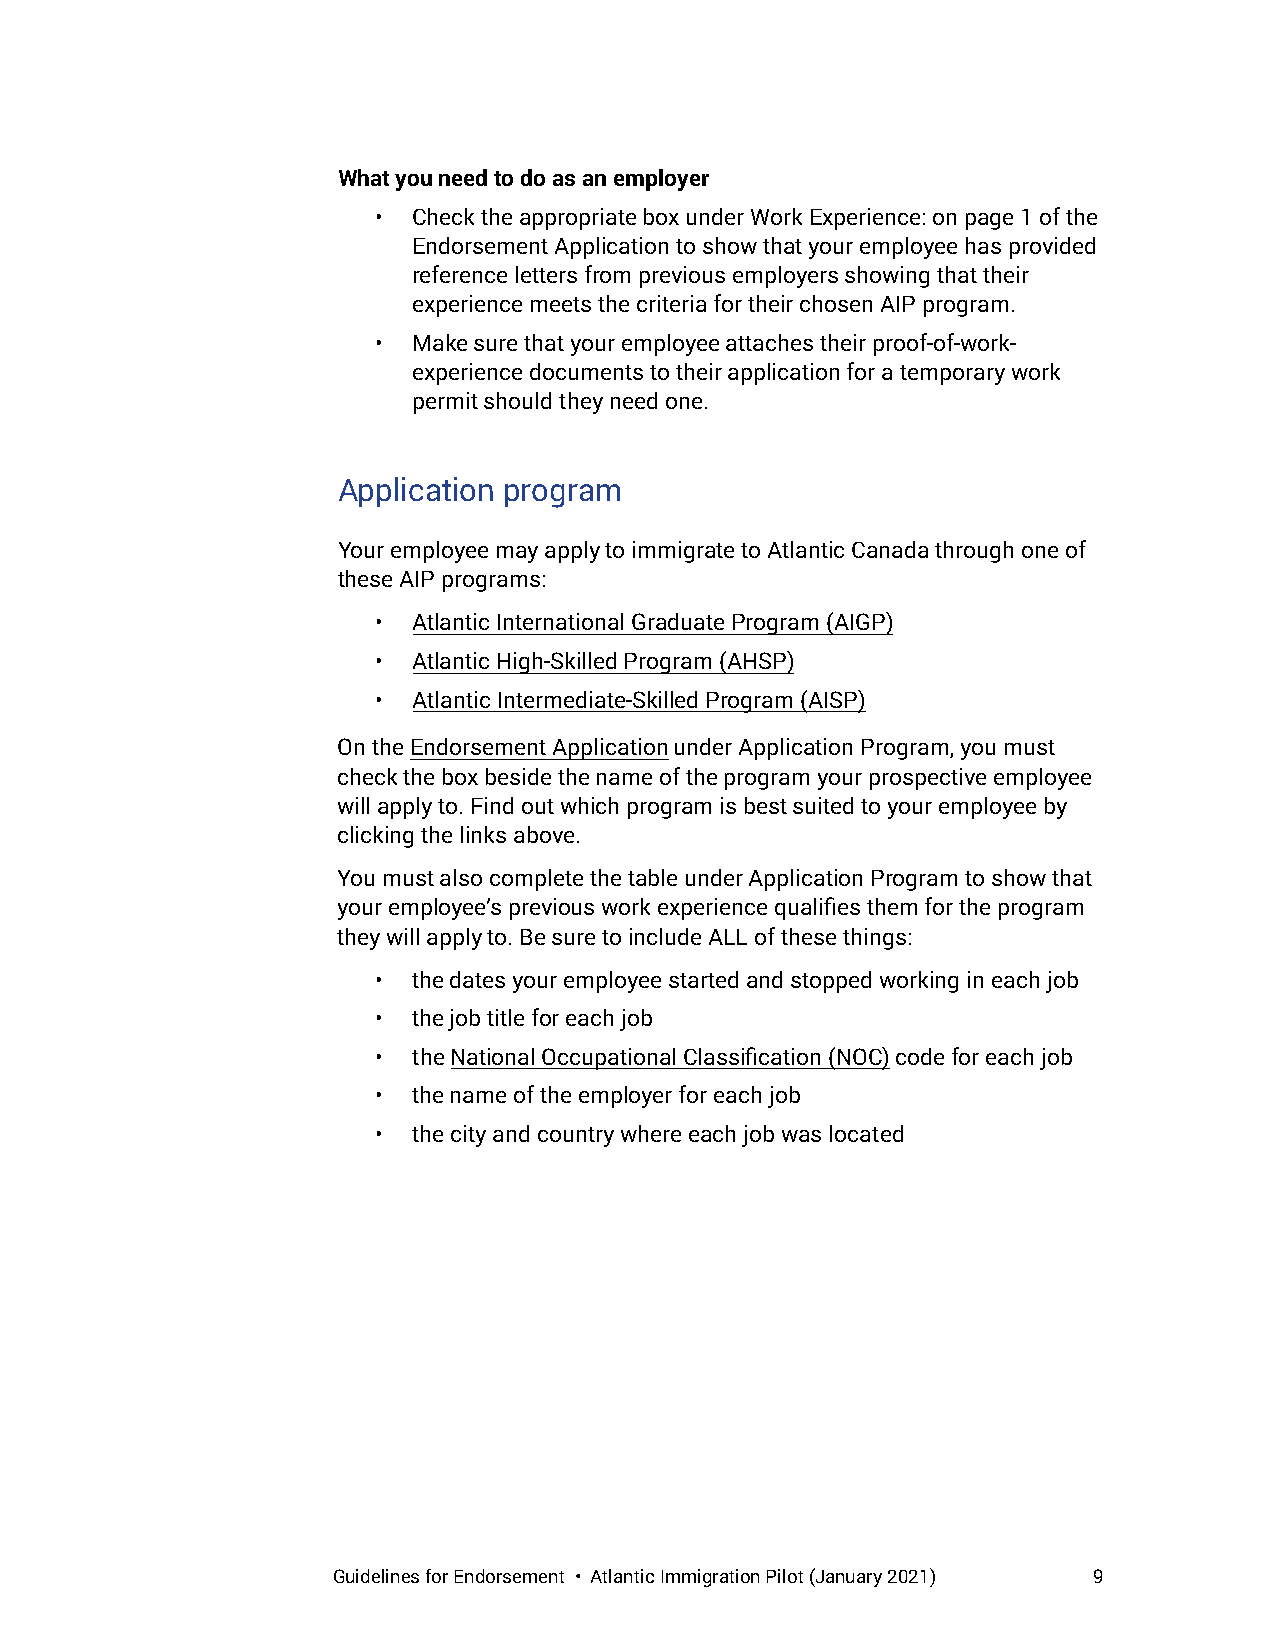
What you need to do as an employer
 • Check the appropriate box under Work Experience: on page 1 of the
 Endorsement Application to show that your employee has provided
 reference letters from previous employers showing that their
 experience meets the criteria for their chosen AIP program.
 • Make sure that your employee attaches their proof-of-work-
 experience documents to their application for a temporary work
 permit should they need one.
 Application program
 Your employee may apply to immigrate to Atlantic Canada through one of
 these AIP programs:
 • Atlantic International Graduate Program (AIGP)
 • Atlantic High-Skilled Program (AHSP)
 • Atlantic Intermediate-Skilled Program (AISP)
 On the Endorsement Application under Application Program, you must
 check the box beside the name of the program your prospective employee
 will apply to. Find out which program is best suited to your employee by
 clicking the links above.
 You must also complete the table under Application Program to show that
 your employee’s previous work experience qualifies them for the program
 they will apply to. Be sure to include ALL of these things:
 • the dates your employee started and stopped working in each job
 • the job title for each job
 • the National Occupational Classification (NOC) code for each job
 • the name of the employer for each job
 • the city and country where each job was located
 Guidelines for Endorsement • Atlantic Immigration Pilot (January 2021) 9